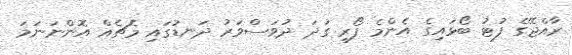
ރާއްޖޭގެ ފުޓު ބޯޅައިގެ އެންމެ ފޯރި ގަދަ ދުވަސްވަރު ދަނޑުގައި މެޗެއް އޮންނަނަމަ